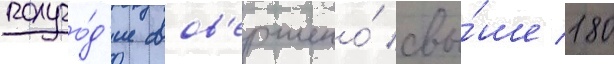
полуго́д'ие сов'ершено́ свы́ше 180